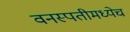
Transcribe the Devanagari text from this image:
वनस्पतीमध्येच